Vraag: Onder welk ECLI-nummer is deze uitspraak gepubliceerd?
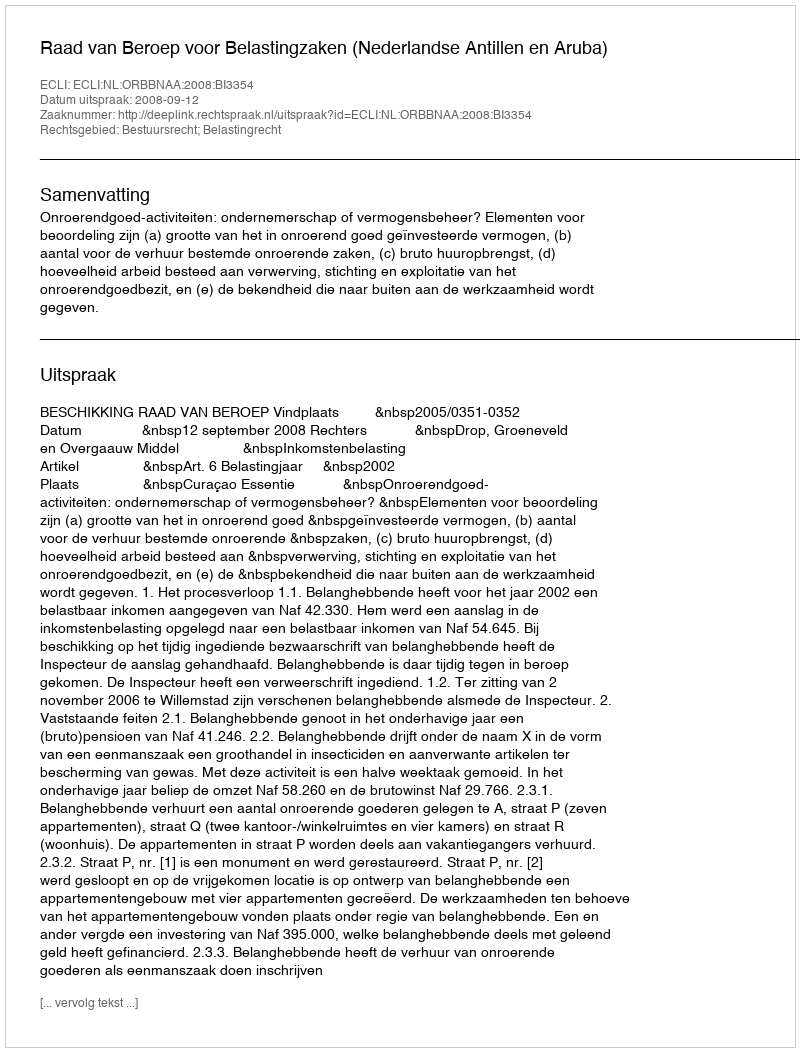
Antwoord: ECLI:NL:ORBBNAA:2008:BI3354